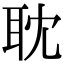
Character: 耽